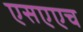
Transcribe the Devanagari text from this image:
एसएएच